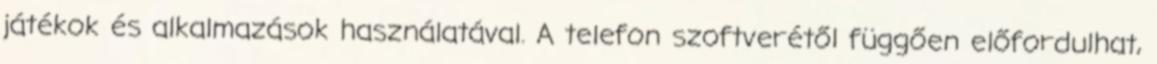
játékok és alkalmazások használatával. A telefon szoftverétől függően előfordulhat,